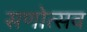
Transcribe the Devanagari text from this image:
सणोत्सव